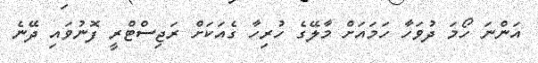
އަންނަ ހޯމަ ދުވަހާ ހަމައަށް މާލޭގެ ހުރިހާ ގެއަކަށް ރަޖިސްޓްރީ ފޮނުވައި ދޭނެ